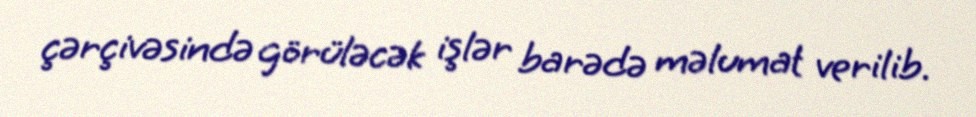
çərçivəsində görüləcək işlər barədə məlumat verilib.